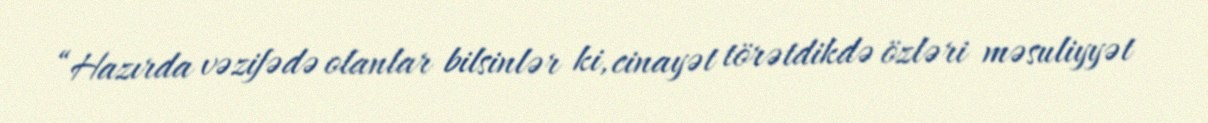
“Hazırda vəzifədə olanlar bilsinlər ki, cinayət törətdikdə özləri məsuliyyət